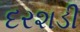
દરશડી